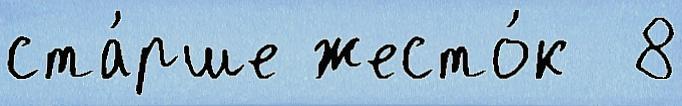
ста́рше жесто́к  8